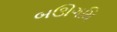
બઊગમિ